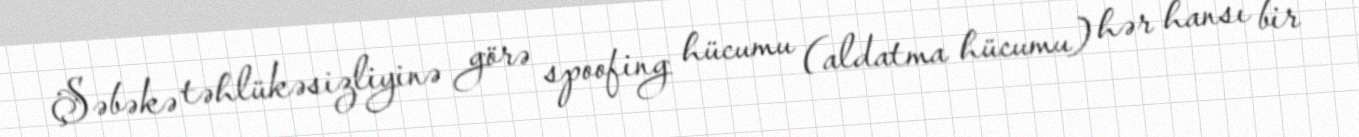
Şəbəkə təhlükəsizliyinə görə spoofing hücumu (aldatma hücumu) hər hansı bir